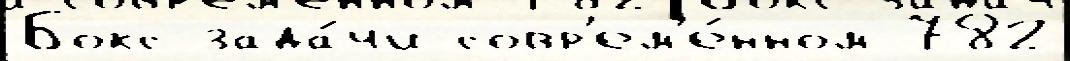
Бокс зада́чи совр'ем'е́нном 782